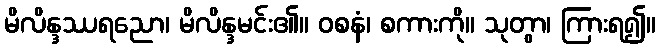
မိလိန္ဒဿရညော၊ မိလိန္ဒမင်း၏။ ဝစနံ၊ စကားကို။ သုတွာ၊ ကြားရ၍။